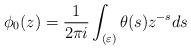
LaTeX: \begin{align*} \phi_0(z)=\frac{1}{2\pi i}\int_{(\varepsilon)}\theta(s)z^{-s}ds\end{align*}